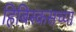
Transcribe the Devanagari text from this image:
हिबिस्कसच्या